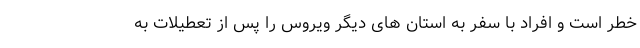
خطر است و افراد با سفر به استان های دیگر ویروس را پس از تعطیلات به